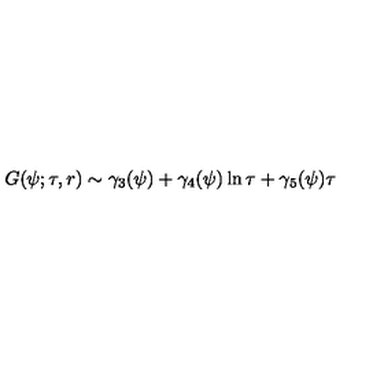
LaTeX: G ( \psi ; \tau , r ) \sim \gamma _ { 3 } ( \psi ) + \gamma _ { 4 } ( \psi ) \ln \tau + \gamma _ { 5 } ( \psi ) \tau